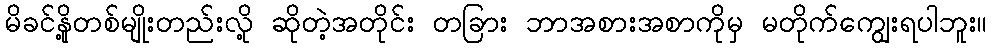
မိခင်နို့တစ်မျိုးတည်းလို့ ဆိုတဲ့အတိုင်း တခြား ဘာအစားအစာကိုမှ မတိုက်ကျွေးရပါဘူး။